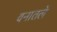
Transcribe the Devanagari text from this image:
वनातले